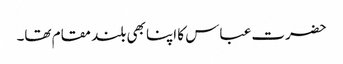
حضرت عباس کا اپنا بھی بلند مقام تھا۔